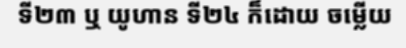
ទី២៣ ឬ យូហាន ទី២៤ ក៏ដោយ ចម្លើយ